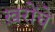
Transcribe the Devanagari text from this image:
ख़रोंचे